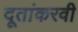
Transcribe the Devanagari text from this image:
दूतांकरवी